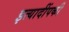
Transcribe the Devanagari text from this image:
इत्यादींपकी